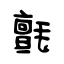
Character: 氈